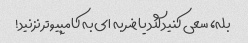
بله، سعی کنید لگد یا ضربه ای به کامپیوتر نزنید!